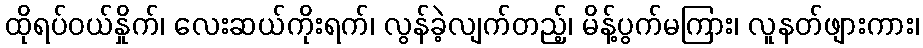
ထိုရပ်ဝယ်နှိုက်၊ လေးဆယ်ကိုးရက်၊ လွန်ခဲ့လျက်တည့်၊ မိန့်ပွက်မကြား၊ လူနတ်ဖျားကား၊